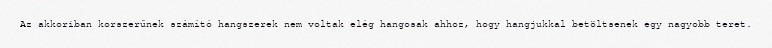
Az akkoriban korszerűnek számító hangszerek nem voltak elég hangosak ahhoz, hogy hangjukkal betöltsenek egy nagyobb teret.